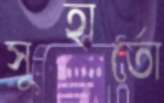
সুহার্তো